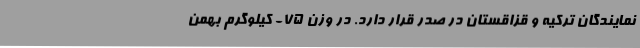
نمایندگان ترکیه و قزاقستان در صدر قرار دارد. در وزن ۷۵- کیلوگرم بهمن